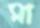
মা